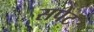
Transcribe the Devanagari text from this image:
सपेट